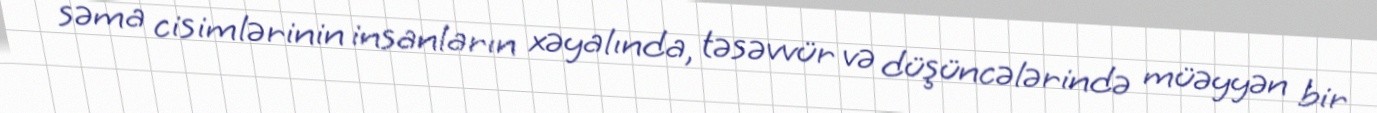
səma cisimlərinin insanların xəyalında, təsəvvür və düşüncələrində müəyyən bir